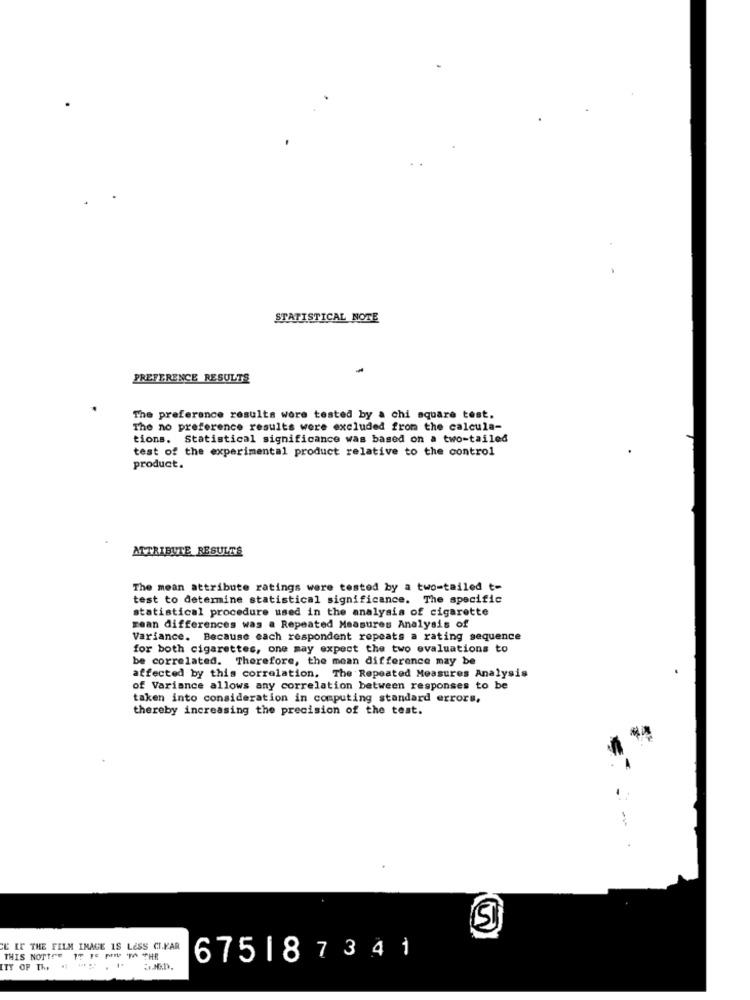
STATISTICAL NOTE
PREFERENCE RESULTS
The preference results were tested by a chi square test.
The no preference results were excluded from the calcula-
tions. Statistical significance was based on a two-tailed
test of the experimental product relative to the control
product.
ATTRIBUTE RESULTS
The mean attribute ratings were tested by a two-tailed t-
test to determine statistical significance. The specific
statistical procedure used in the analysis of cigarette
mean differences was a Repeated Measures Analysis of
Variance. Because each respondent repeats a rating sequence
for both cigarettes, one may expect the two evaluations to
be correlated. Therefore, the mean difference may be
affected by this correlation, The Repeated Measures Analysis
of Variance allows any correlation between responses to be
taken into consideration in computing standard errors,
thereby increasing the precision of the test.
-
CE IF THE FILM IMAGE IS LESS CIKAR
THIS NOTTre IT IS PIN TO THE
675187341
ITY OF The
[IT OF The " " .